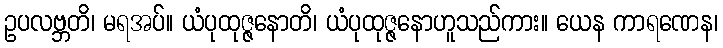
ဥပလဗ္ဘတိ၊ မရအပ်။ ယံပုထုဇ္ဇနောတိ၊ ယံပုထုဇ္ဇနောဟူသည်ကား။ ယေန ကာရဏေန၊